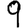
Digit: 9